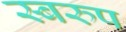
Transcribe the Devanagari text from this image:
स्बरुप